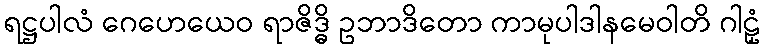
ရဋ္ဌပါလံ ဂေဟေယေဝ ရာဇိဒ္ဓိ ဥဘာဒိတော ကာမုပါဒါနမေဝါတိ ဂါဠှံ